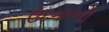
ઉદગારની